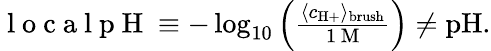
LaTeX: \begin{array}{r}{\mathrm{~l~o~c~a~l~p~H~}\equiv-\log_{10}\left(\frac{\langle c_{\mathrm{H+}}\rangle_{\mathrm{brush}}}{1\, \mathrm{M}}\right)\neq\mathrm{pH}.}\end{array}